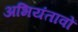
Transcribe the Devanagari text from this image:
अभियंतावों